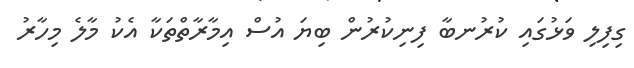
ގިފިލި ވަޅުގައި ކުރުނބާ ފިނިކުރުން ބިޔަ އުސް އިމާރާތްތަކާ އެކު މާލެ މިހާރު